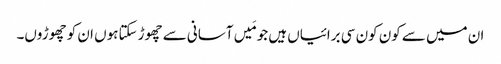
ان میں سے کون کون سی برائیاں ہیں جو مَیں آسانی سے چھوڑ سکتاہوں ان کو چھوڑوں۔